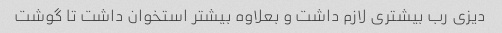
دیزی رب بیشتری لازم داشت و بعلاوه بیشتر استخوان داشت تا گوشت